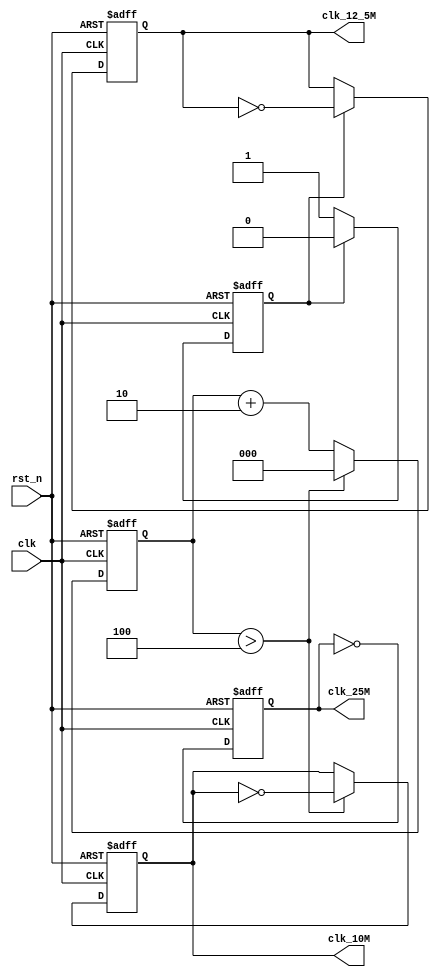
`timescale 1ns / 1ps

module clk_div_UART(
    input clk,
    input rst_n,
    output reg clk_25M,
    output reg clk_10M,
    output reg clk_12_5M
    );

    reg cnt_12_5M;
    reg [2:0] cnt_10M;

    always @(posedge clk or negedge rst_n) begin
        if (!rst_n) begin
            clk_25M <= 1'b0;
            clk_10M <= 1'b0;
            cnt_10M <= 3'b0;
            cnt_12_5M <= 1'b0;
            clk_12_5M <= 1'b0;
        end
        else begin
            clk_25M <= ~clk_25M;

            if (cnt_12_5M == 1'b1) begin
                cnt_12_5M <= 1'b0;
                clk_12_5M <= ~clk_12_5M;
            end
            else begin
                cnt_12_5M <= 1'b1;
            end

            if (cnt_10M > 3'd4) begin
                cnt_10M <= 0;
                clk_10M <= ~clk_10M;
            end
            else begin
                cnt_10M <= cnt_10M + 2'd2;
            end
        end
    end
endmodule